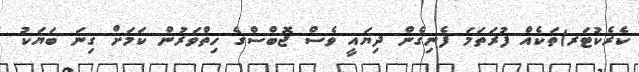
ކެރެކުޓަރ)ތަކެއް ފުރަތަމަ ފެނިގެން ދިޔައީ ވެސް ޖޮބްސްގެ ހިތްވަރުން ކަމަށް ގިނަ ބަޔަކު